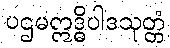
ပဌမဣဒ္ဓိပါဒသုတ္တံ